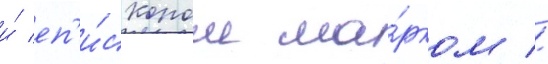
и́ еп'и́скопом ма́рком //